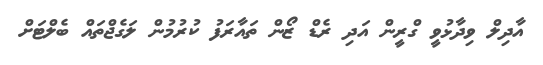
އާދިލް ވިދާޅުވީ ގްރީން އަދި ރެޑް ޒޯން ތައާރަފު ކުރުމުން ލަގެޖްތައް ބެލްޓަށް